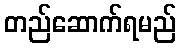
တည်ဆောက်ရမည်